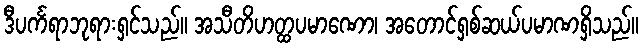
ဒီပင်္ကရာဘုရားရှင်သည်။ အသီတိဟတ္ထပမာဏော၊ အတောင်ရှစ်ဆယ်ပမာဏရှိသည်။